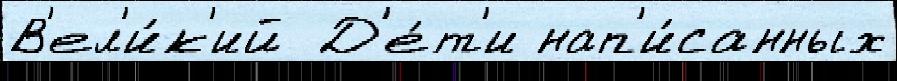
В'ел'и́к'ий  Д'е́т'и нап'и́санных